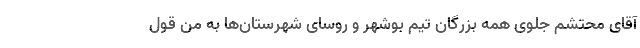
آقای محتشم جلوی همه بزرگان تیم بوشهر و روسای شهرستان‌ها به من قول